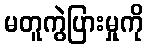
မတူကွဲပြားမှုကို